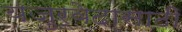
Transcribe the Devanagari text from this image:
यजुर्वेदासाठी